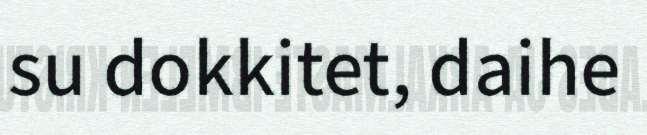
su dokkitet, daihe